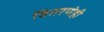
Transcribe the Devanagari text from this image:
वितरणेही